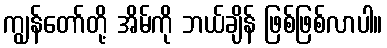
ကျွန်တော်တို့ အိမ်ကို ဘယ်ချိန် ဖြစ်ဖြစ်လာပါ။